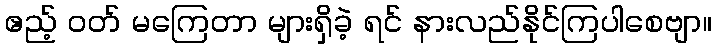
ဧည့် ဝတ် မကြေတာ များရှိခဲ့ ရင် နားလည်နိုင်ကြပါစေဗျာ။